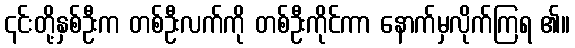
၎င်းတို့နှစ်ဦးက တစ်ဦးလက်ကို တစ်ဦးကိုင်ကာ နောက်မှလိုက်ကြရ ၏။